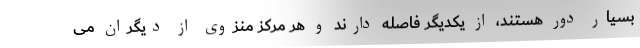
بسیار دور هستند، از یکدیگر فاصله دارند و هر مرکز منزوی از دیگران می